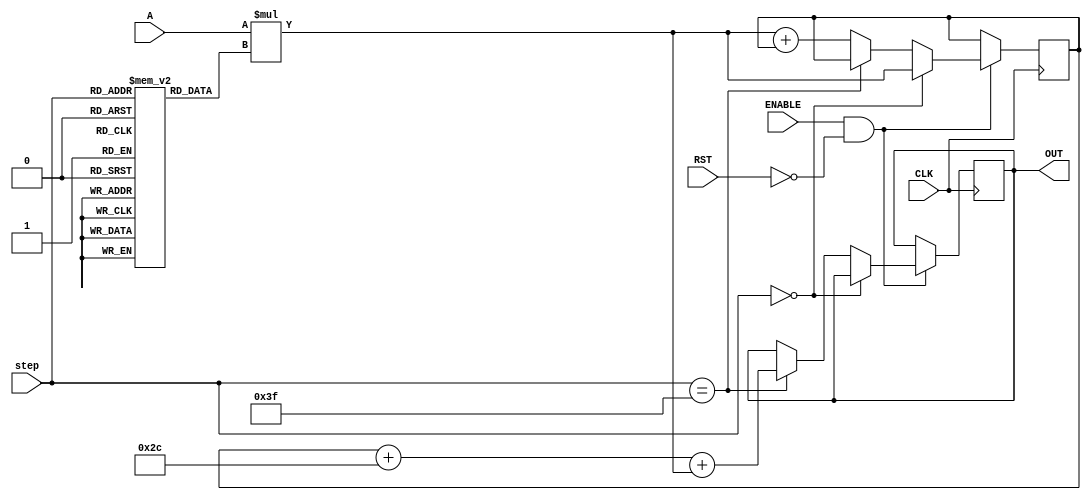
`timescale 1ns / 1ps

module NODE_12(
input signed [35:0] A,
input [5:0] step,
input CLK,
input ENABLE,
input RST,
output reg signed [39:0] OUT //16-bit output
    );
    
reg signed [39:0] accumulator = 40'd0; //store the matrix mult here
reg signed [8:0] weights [63:0]; //store the weights here
reg signed [7:0] bias; //store node bias here

initial begin
   weights[0]<=9'b110101110;
   weights[1]<=9'b000001110;
   weights[2]<=9'b000010101;
   weights[3]<=9'b111001010;
   weights[4]<=9'b111110100;
   weights[5]<=9'b001000001;
   weights[6]<=9'b000110111;
   weights[7]<=9'b001011100;
   weights[8]<=9'b111100110;
   weights[9]<=9'b000100100;
   weights[10]<=9'b111111010;
   weights[11]<=9'b111001110;
   weights[12]<=9'b000000011;
   weights[13]<=9'b111011010;
   weights[14]<=9'b111111011;
   weights[15]<=9'b111101100;
   weights[16]<=9'b000000000;
   weights[17]<=9'b111111111;
   weights[18]<=9'b000010101;
   weights[19]<=9'b111001111;
   weights[20]<=9'b000010111;
   weights[21]<=9'b111111111;
   weights[22]<=9'b111100011;
   weights[23]<=9'b111110010;
   weights[24]<=9'b111101110;
   weights[25]<=9'b111010011;
   weights[26]<=9'b111100000;
   weights[27]<=9'b111101010;
   weights[28]<=9'b000011000;
   weights[29]<=9'b111111011;
   weights[30]<=9'b111101110;
   weights[31]<=9'b000111000;
   weights[32]<=9'b000101001;
   weights[33]<=9'b000001000;
   weights[34]<=9'b000000000;
   weights[35]<=9'b000101011;
   weights[36]<=9'b000001101;
   weights[37]<=9'b000001000;
   weights[38]<=9'b000001011;
   weights[39]<=9'b111101110;
   weights[40]<=9'b111100110;
   weights[41]<=9'b111010011;
   weights[42]<=9'b000000100;
   weights[43]<=9'b000001101;
   weights[44]<=9'b000101011;
   weights[45]<=9'b000101100;
   weights[46]<=9'b111100010;
   weights[47]<=9'b000010011;
   weights[48]<=9'b000001000;
   weights[49]<=9'b000010000;
   weights[50]<=9'b111100100;
   weights[51]<=9'b110001011;
   weights[52]<=9'b000001011;
   weights[53]<=9'b000001011;
   weights[54]<=9'b111101011;
   weights[55]<=9'b000010001;
   weights[56]<=9'b000010001;
   weights[57]<=9'b111011110;
   weights[58]<=9'b111110000;
   weights[59]<=9'b000000010;
   weights[60]<=9'b111110011;
   weights[61]<=9'b000001101;
   weights[62]<=9'b000000011;
   weights[63]<=9'b111111011;
   bias<=8'b11101100;
 end
 
 //MAIN SYNCHRONOUS ACCUMULATION BLOCK
 always @ ( posedge CLK )
 begin
    if( ENABLE == 1 && RST == 0 )
    begin
        if ( step == 0 )
        begin
            accumulator <=  A * weights[step];
        end
        else if( step == 63 )
        begin
            OUT <= accumulator + bias + A * weights[step];
        end else accumulator <=  A * weights[step] + accumulator;
    end
 end
 
endmodule